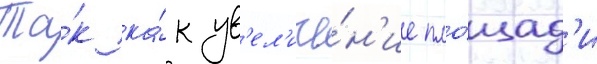
Та́к ка́к ув'ел'иче́н'ие пло́щад'и